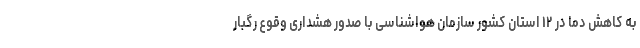
به کاهش دما در ۱۲ استان کشور سازمان هواشناسی با صدور هشداری وقوع رگبار